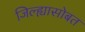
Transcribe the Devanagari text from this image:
जिल्ह्यासोबत